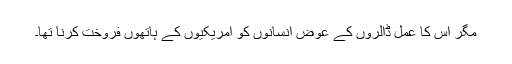
مگر اس کا عمل ڈالروں کے عوض انسانوں کو امریکیوں کے ہاتھوں فروخت کرنا تھا۔